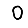
Digit: 0